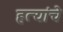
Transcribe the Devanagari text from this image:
हत्यांचे